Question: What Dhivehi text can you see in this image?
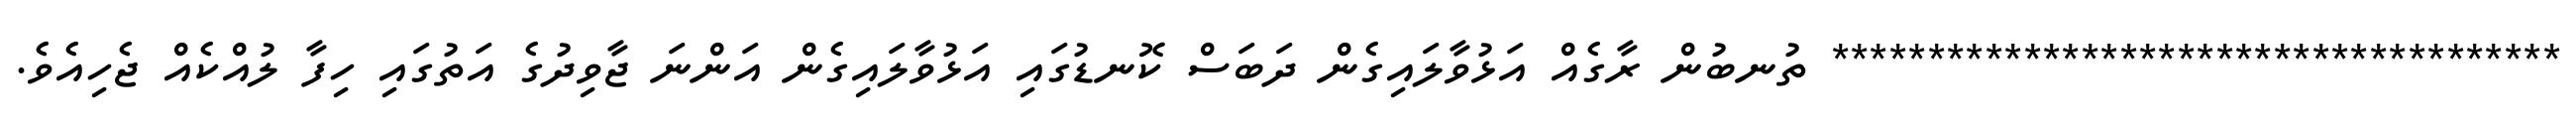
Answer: ************************************** ތުނބުން ރާގެއް އަޅުވާލައިގެން ދަބަސް ކޮނޑުގައި އަޅުވާލައިގެން އަންނަ ޖާވިދުގެ އަތުގައި ހިފާ ލުއްކެއް ޖެހިއެވެ.